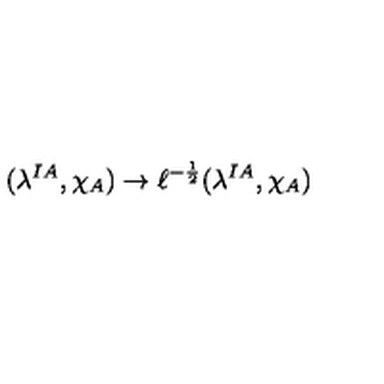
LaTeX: ( \lambda ^ { I A } , \chi _ { A } ) \rightarrow \ell ^ { - { \frac { 1 } { 2 } } } ( \lambda ^ { I A } , \chi _ { A } )